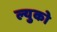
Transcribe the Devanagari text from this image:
ल्युको